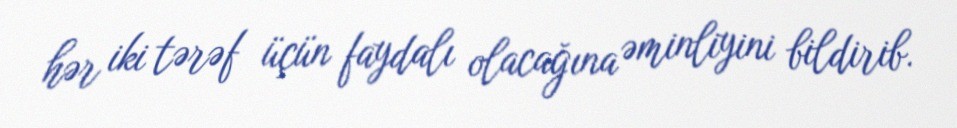
hər iki tərəf üçün faydalı olacağına əminliyini bildirib.